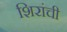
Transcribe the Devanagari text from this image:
शिरांची